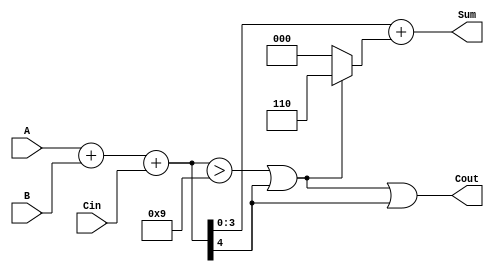
module BCD_Fast_Adder (
    input  wire [3:0] A,       // First BCD input
    input  wire [3:0] B,       // Second BCD input
    input  wire Cin,           // Carry-in input
    output wire [3:0] Sum,     // BCD result output
    output wire Cout           // Carry-out output
);

    // Intermediate signals
    wire [4:0] TempSum;        // 5-bit temporary sum
    wire correction_needed;     // Flag to indicate if correction is necessary
    wire [4:0] corrected_sum;   // Corrected sum after adding 6 if needed

    // Step 1: Binary addition of A, B and Cin
    assign TempSum = A + B + Cin;

    // Step 2: Check if correction is needed
    assign correction_needed = (TempSum > 5'd9) || (TempSum[4] == 1'b1); // Check if TempSum > 9 or if there is a carry out

    // Step 3: If correction is needed, add 6 to TempSum
    assign corrected_sum = TempSum + (correction_needed ? 5'd6 : 5'd0);

    // Step 4: Assign the final sum and carry-out
    assign Sum = corrected_sum[3:0]; // Take lower 4 bits for Sum
    assign Cout = correction_needed || TempSum[4]; // Carry-out if correction is needed or if TempSum had a carry-out
    
endmodule